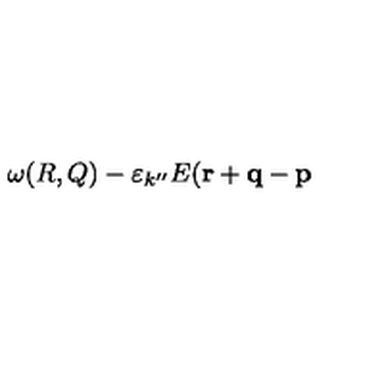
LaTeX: \omega ( R , Q ) - \varepsilon _ { k ^ { \prime \prime } } E ( { \bf r } + { \bf q } - { \bf p }